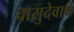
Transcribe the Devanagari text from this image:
वासुदेवाचे